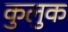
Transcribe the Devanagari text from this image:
कुलुक